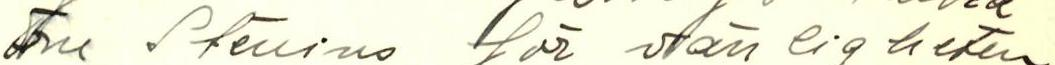
Fru Stenius för vänligheten